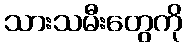
သားသမီးတွေကို